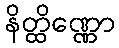
နိတ္ထိဏ္ဏော